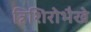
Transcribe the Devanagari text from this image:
त्रिशिरोभैखे